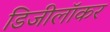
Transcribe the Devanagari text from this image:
डिजीलॉकर